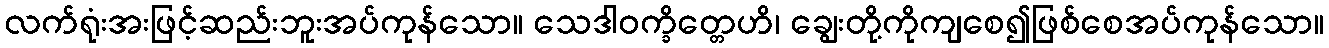
လက်ရုံးအးဖြင့်ဆည်းဘူးအပ်ကုန်သော။ သေဒါဝက္ခိတ္တေဟိ၊ ချွေးတို့ကိုကျစေ၍ဖြစ်စေအပ်ကုန်သော။